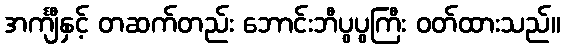
အင်္ကျီနှင့် တဆက်တည်း ဘောင်းဘီပွပွကြီး ဝတ်ထားသည်။